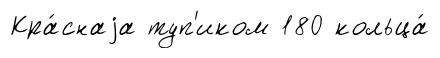
Кра́снаjа туп'иком 180 кольца́